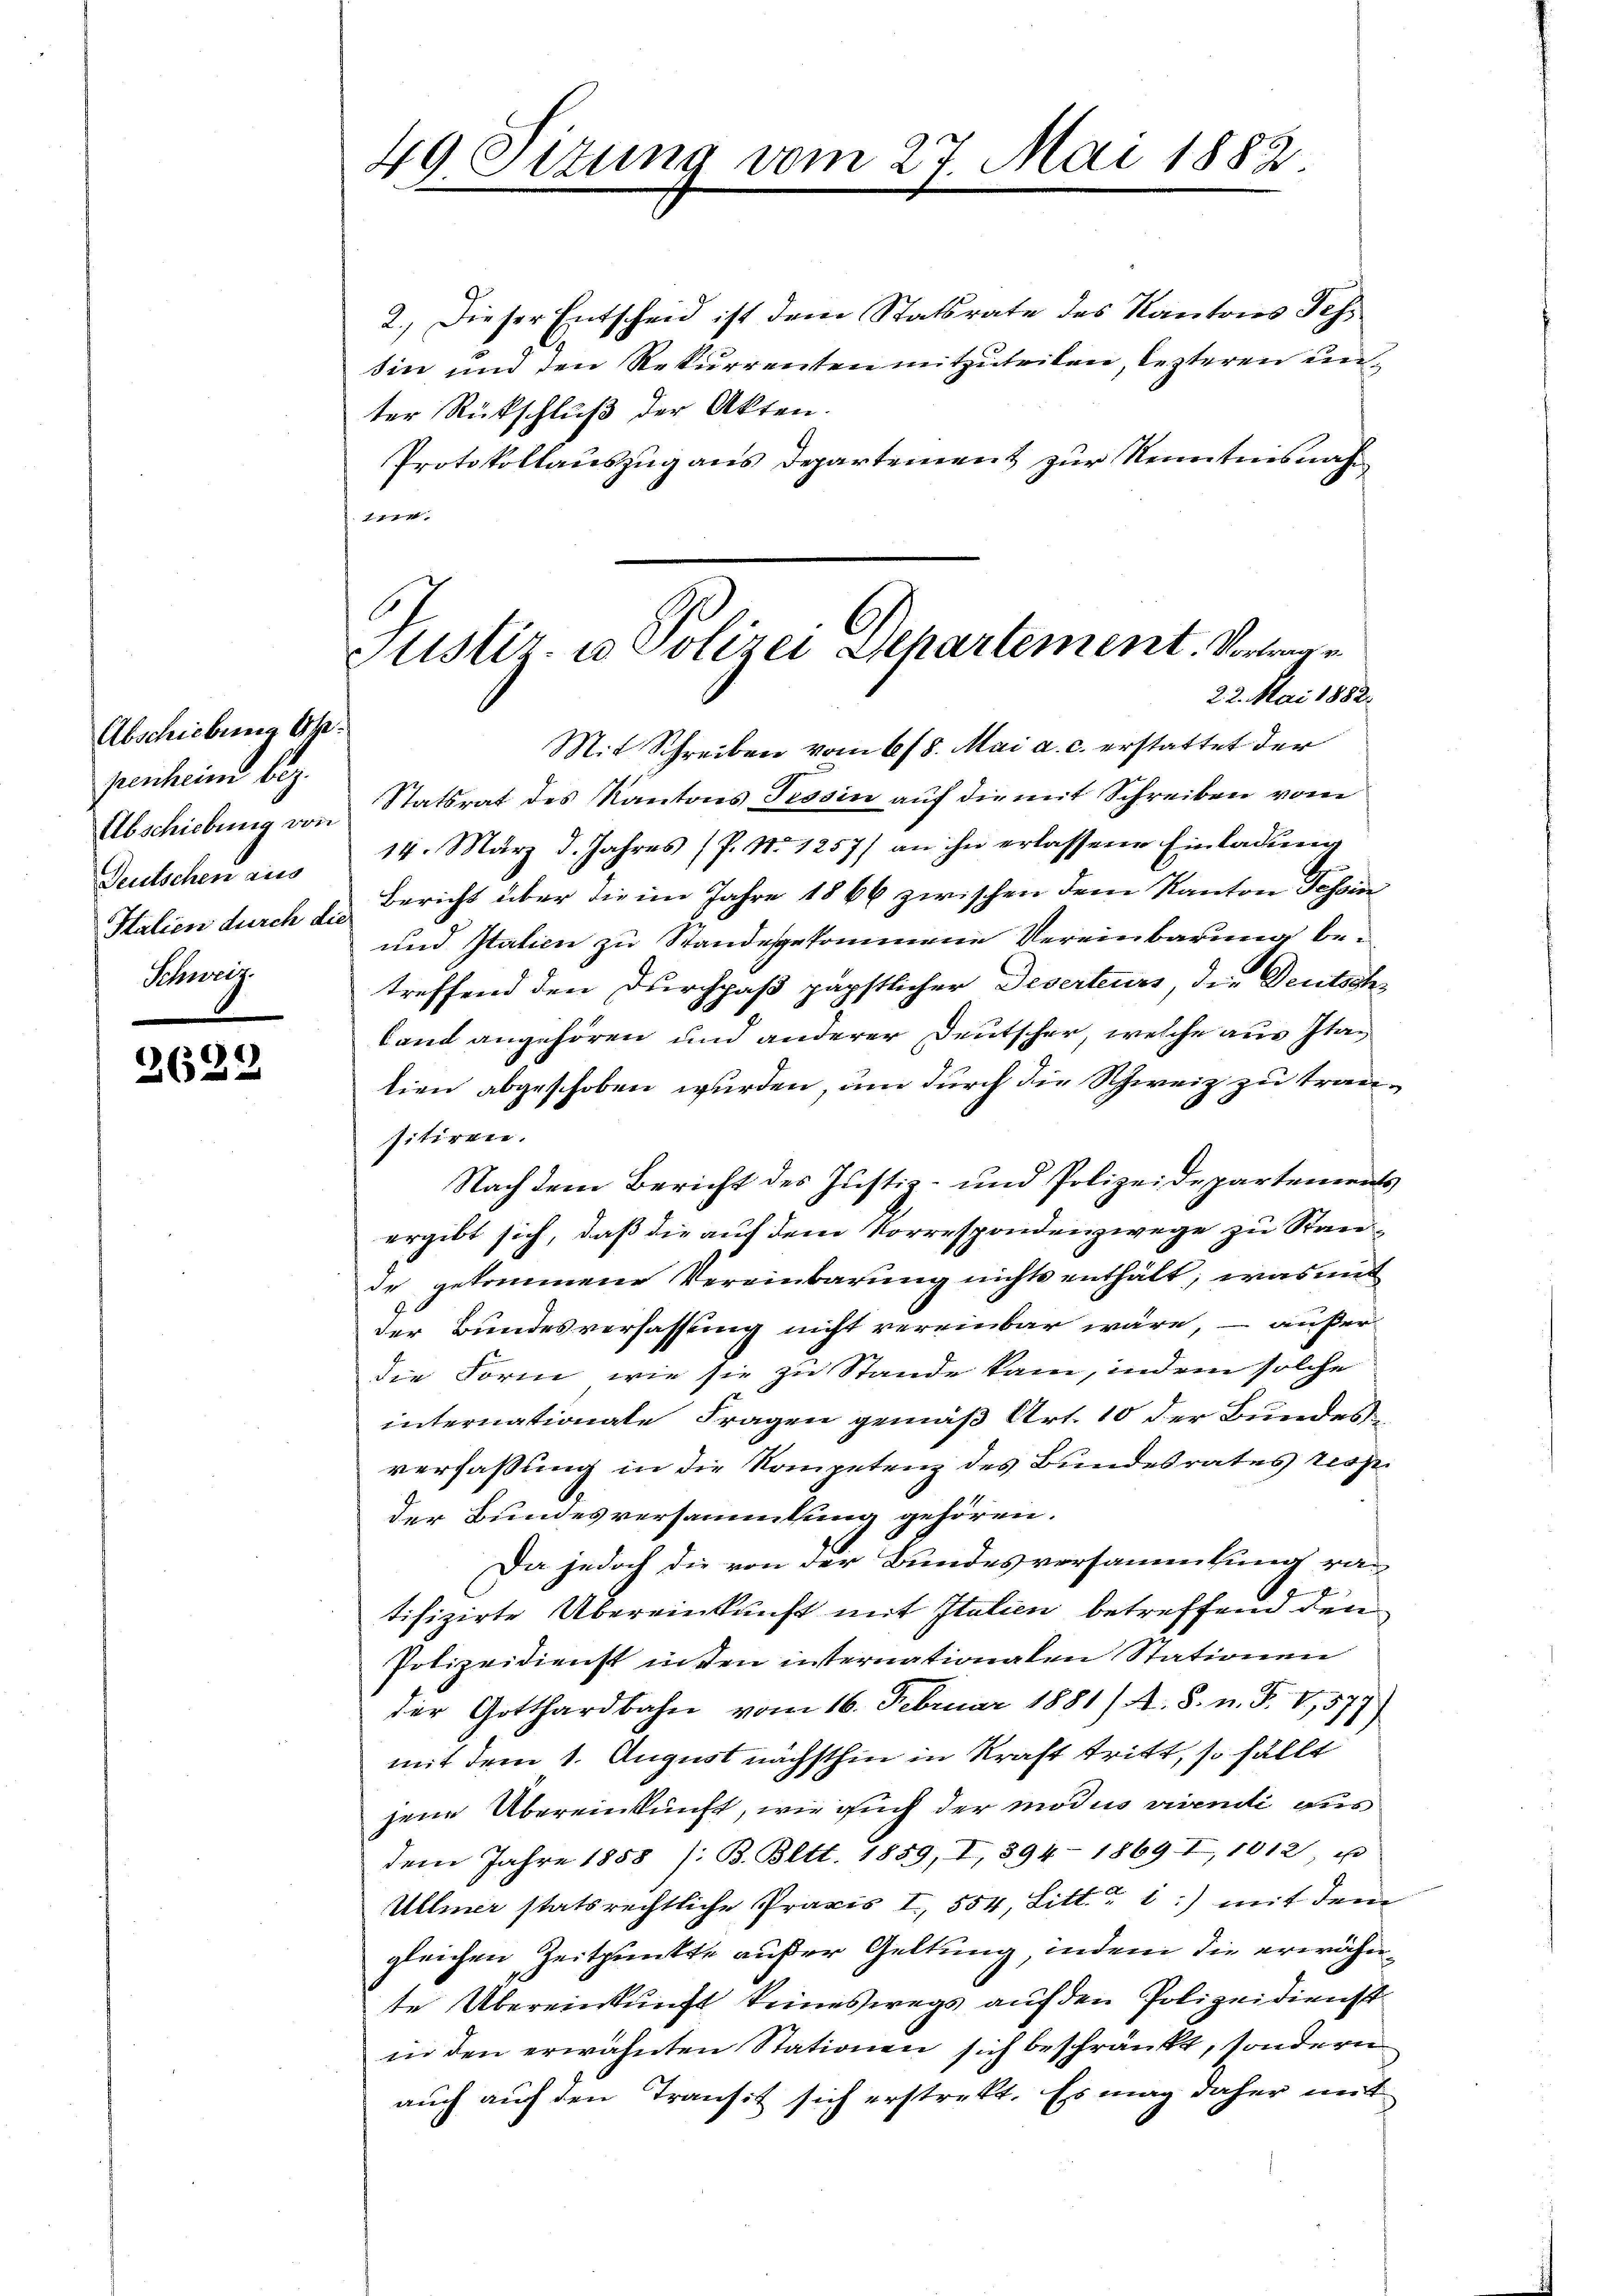
Abschiebung Obfenheim bez.
Abschiebung von
Deutschen aus
Italien durch die
Schweig.

26.

2

e

49 Situng vom 27. Mai 1882.

Stistir. u. Polizei Departement. Vortragen
22. Mai 1882.

2.) Dieser Entscheid ist dem Statsrate des Kantons Sch
sin und den Rekurrenten mitzuteilen, lezteren unter Rückschluß der Akten.
Protokollauszug aus Departement zur Kenntensnahm
117
Mit Schreiben vom 6/8. Mai a. c. erstattet der
Statsrat des Kantons Tessin auf die mit Schreiben vom
14. März d. Jahres (f. No 1257) an ihn erlassene Einladŭng
Bericht über die im Jahre 1866 zwischen dem Kanton Tessin
und Italien zu Standesgekommene Vereinbarung betreffend den Durchpaß päpstlicher Deserteurs, die Deutschland angehören und anderer Deutscher, welche aus Itatien abgeschoben wurden, um durch die Schweiz zu trausitiren.
Nach dem Bericht des Justiz- und Polizeidepartements
ergibt sich, daß die auf dem Vorrespondenzwege zu Stan-
de gekommene Vereinbarung nichts enthält, was und
der Bundesverfassung nicht vereinbar wäre, – außer
die Form, wie sie zu Stande kam, indem solche
internationate Fragen gemäß Art. 10 der Bundesverfassung in die Kompetenz des Bundesrates resp
der Bundesversammlung gehören.
Da jedoch die von der Bundesversammlung ratifizirte Übereinkunft mit Italien betreffend den
Polizeidienst inten internationaten Stationen
der Gotthardbahn vom 16. Februar 1881/ A. S. n. F. VI,577)
mit dem 1. August nächsthin in Kraft tritt, so fällt
jene Übereinkunft, wie auch der modus vivendi aus
dem Jahre 1858 /: B. Bett. 1859, I, 394-1869 I, 1012, u
Ullmer statsrechtliche Praxis I 554, Litt. 1:) mit dem
gleichen Zeitpunkte außer Geltung, indem die erwähnte Übereinkunft keineswegs auf den Polizeidienstin den erwähnten Stationen sich beschränkt, sondern
auch auf den Transit sich erstrekt. Es mag daher mit